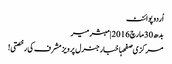
اُردو پوائنٹ
بدھ 30 مارچ 2016 | مبشر میر
مرکزی صفحہاخبارجنرل پرویز مشرف کی رخصتی!